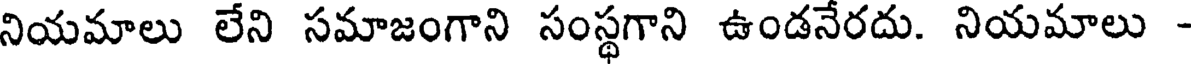
నియమాలు లేని సమాజంగాని సంస్థగాని ఉండనేరదు. నియమాలు -